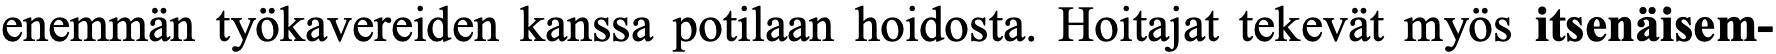
enemmän työkavereiden kanssa potilaan hoidosta. Hoitajat tekevät myös itsenäisem-